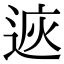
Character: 𨓩